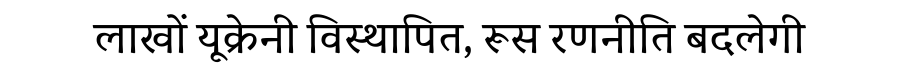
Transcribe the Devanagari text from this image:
लाखों यूक्रेनी विस्थापित, रूस रणनीति बदलेगी